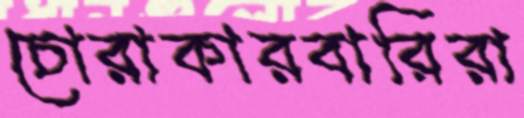
চোরাকারবারিরা